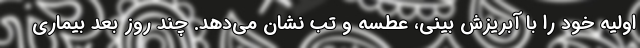
اولیه خود را با آبریزش بینی، عطسه و تب نشان می‌دهد. چند روز بعد بیماری